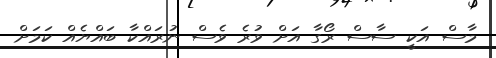
މާސް އަކީ ސާސް ރޯގާ އަށް ވުރެ ވެސް ނުރައްކާ ބައްޔެއް ކަމަށް